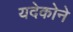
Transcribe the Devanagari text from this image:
यदेकोने